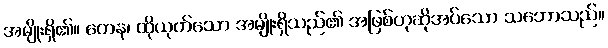
အမျိုးရှိ၏။ တေန၊ ထိုယုတ်သော အမျိုးရှိသည်၏ အဖြစ်ဟုဆိုအပ်သော သဘောသည်။